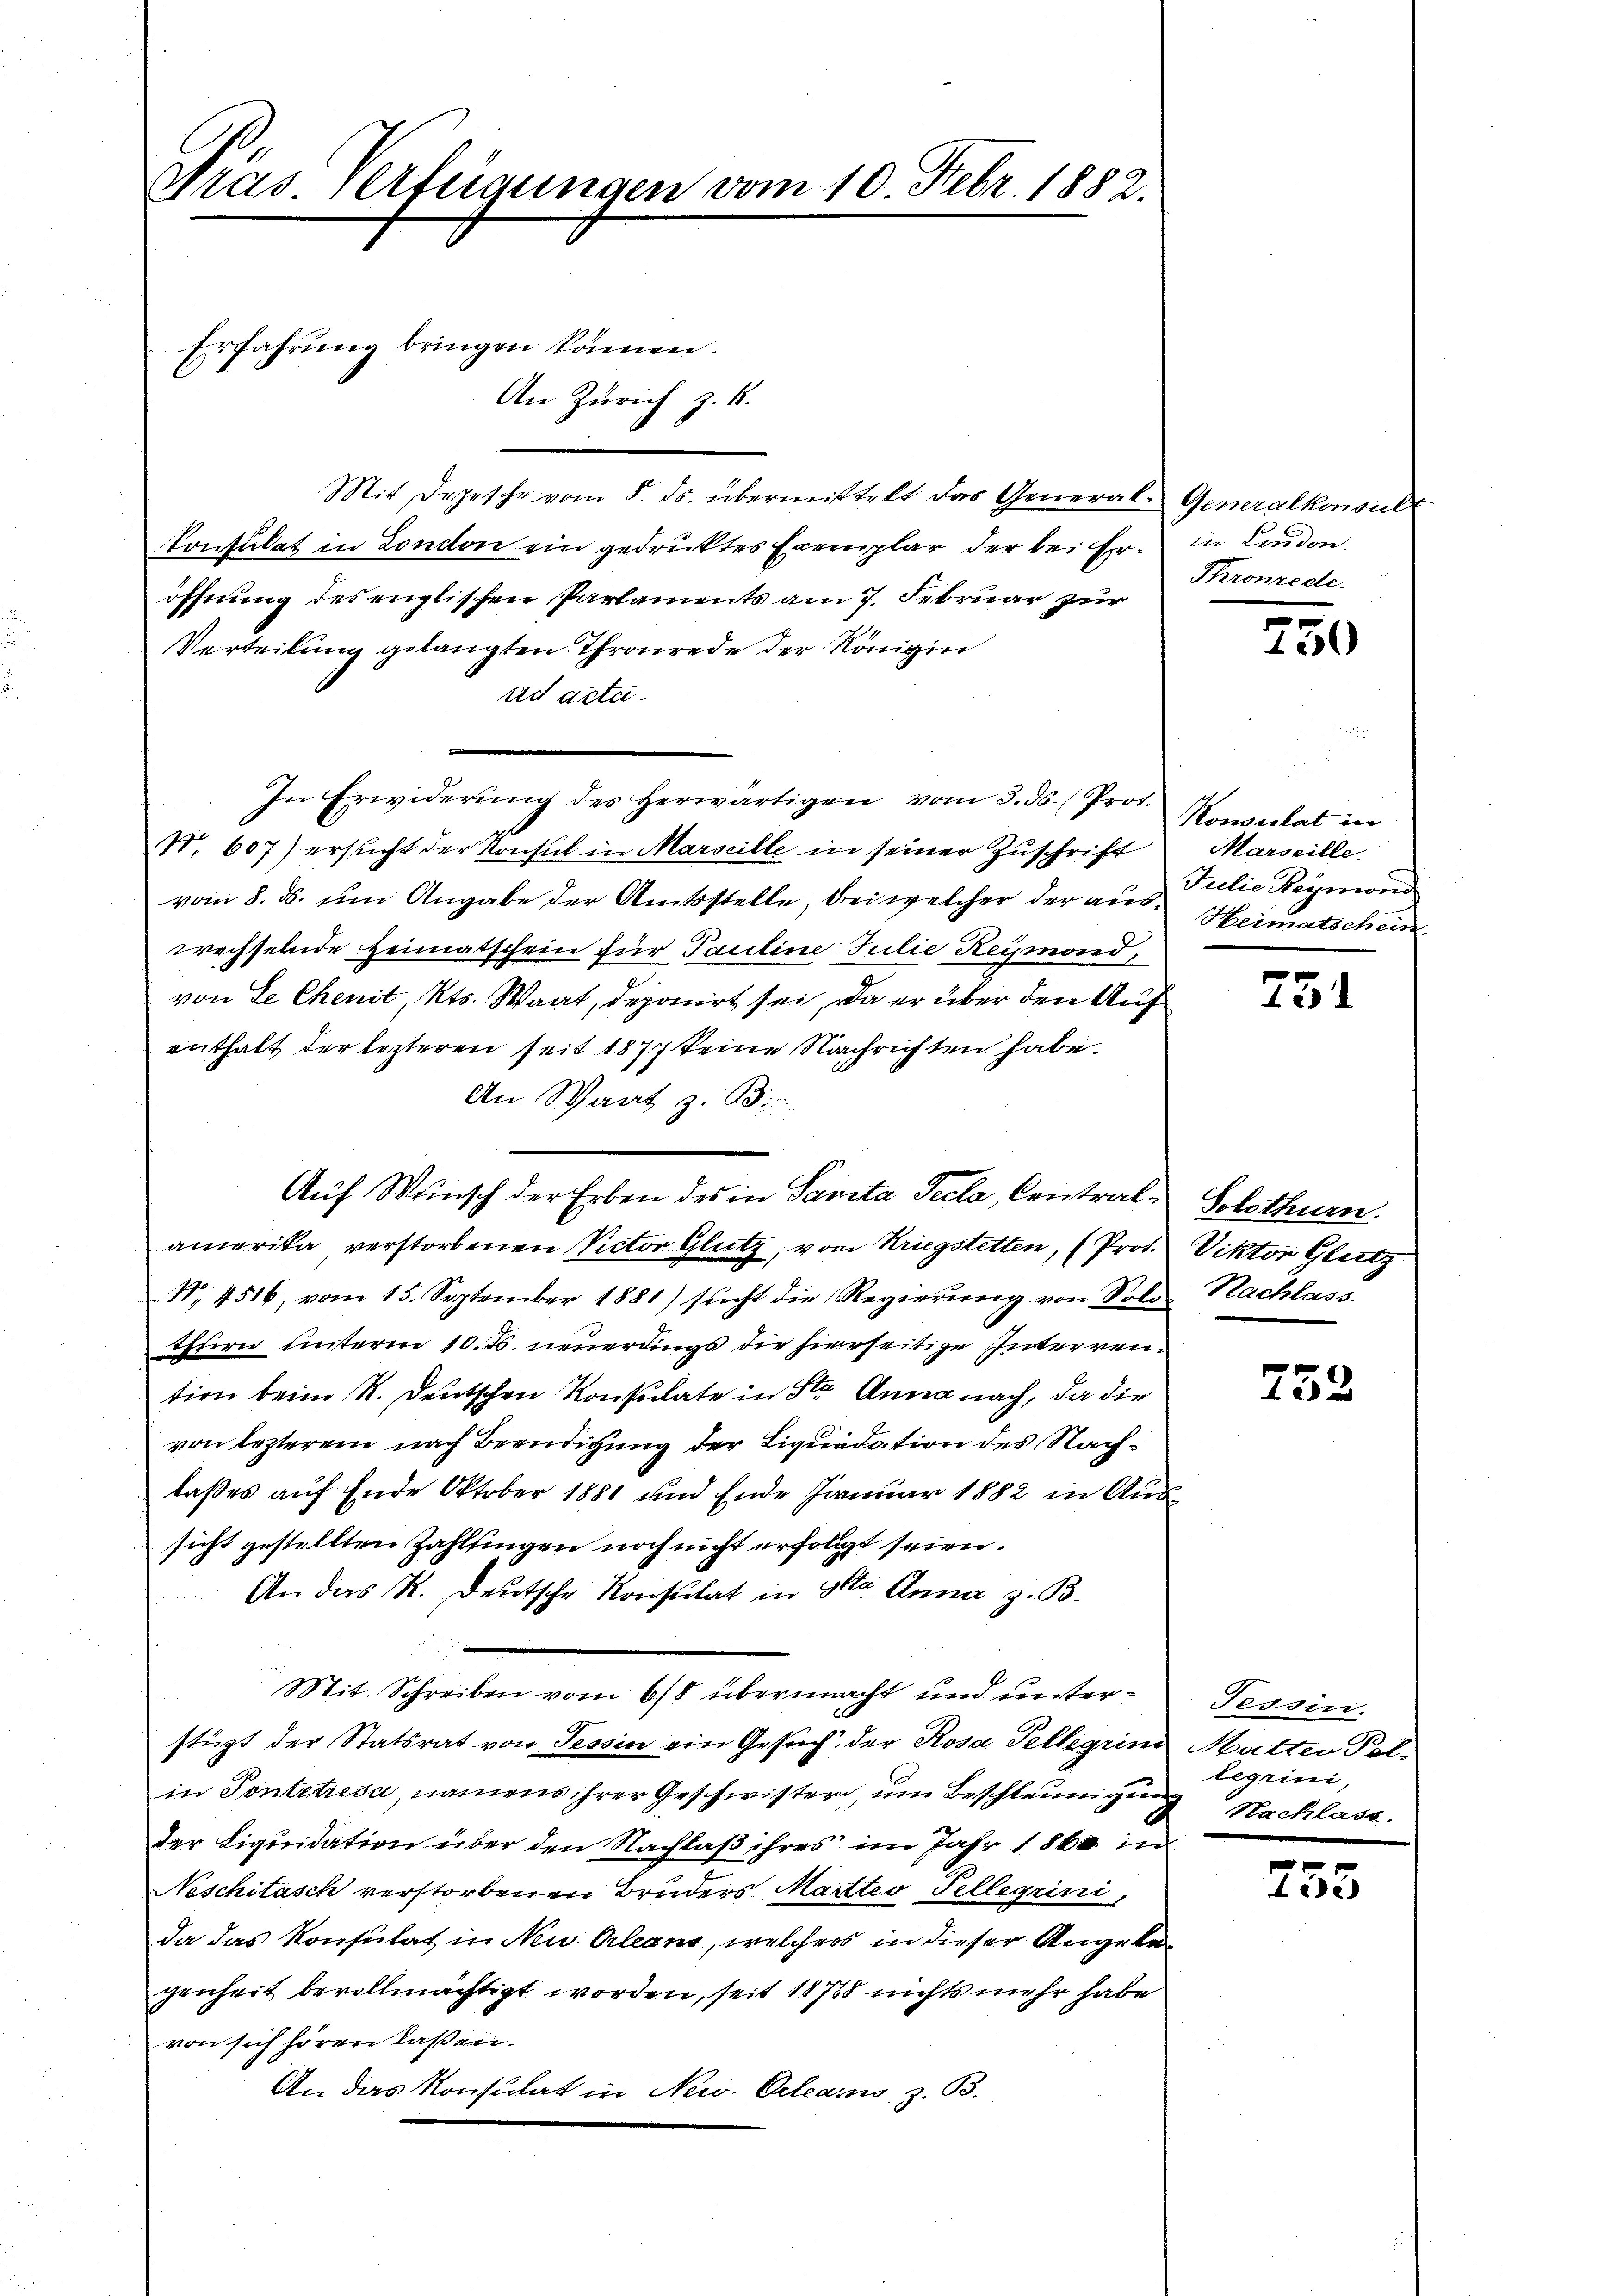
Dras Verfügungen vom 10. Febr. 1882.

Erfahrung bringen können.

An Zürich z. R.

Mit Depesche vom 8. ds. übermittelt das General- Generalkonsult
Konsulat in London ein gedrucktes Exemplar der bei Eröffnung des englischen Parlaments am 7. Februar zur
Verteilung gelangten Thronrede der Königin
ad actu
In Erwiderŭng des herwärtigen vom 3. ds. (Prot.
Nr. 607) ersucht der Konsul in Marseille in seiner Zuschrift
vom 8. ds. um Angabe der Amtsstelle, bei welcher der aus. Heimatschein
wechselnde Heimatschein für Pauline Julie Reymond,
von Le Chenit, Kts. Waat, deponirt sei, da er über den Auf
enthalt der lezteren seit 1877 keine Nachrichten habe.
An Staat z. B.
Auf Wunsch der Erben des in Sanita Pecla, Contralamerika verstorbenen Rector Glutz, vom Kriegstetten, (Prot. Viktor Glitz
Nr. 4516, vom 15. September 1881) sucht die Regierung von Sold Nachlass
thurn unterm 10. Js. neuerdings die hierseitige Interrention beim K. Deutschen Konsulate in Str. Anna nach, da die
von lezterem nach Beendigung der Liquidation des Nachlaßes auf Ende Oktober 1881 und Ende Januar 1882 in Aussicht gestellten Zahltingen noch nicht erfolgt seien.
An das R. Deutsche Konsulat in Sta Anna z. B.
Mit Schreiben vom 6/8 übermacht und unterstüzt der Statsrat von Tessin ein Gesuch der Rosa Tellerin Matter Polin Pontetresa, namens ihrer Geschwister, um Beschleunigung Nachlast.
der Liquidation über den Nachlaß ihres im Jahr 1860 in
Neschitasch verstorbenen Bruders Marttes Tellegrini,
da das Konsulat in Neu Orleans, welchers in dieser Angelegenheit bevollmächtigt worden, seit 18758 nichts mehr habe
von sich hören laßen.
An das Konsulat in Neu Orleans, z. B.

in London.
Thronzede

7
12)

Konsulat in
Marseille.
Julie Beymond

751

Solothurn.

752

Tessin.
tegrini,

255